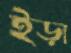
ইড়া